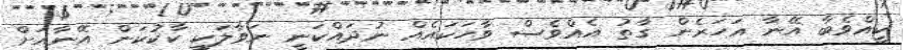
ކީއްވެބާ އޭނާ އަހަރެން ގާތު އެއްވެސް ވާހަކައެއް ނުދައްކަނީ ނަވާލަކީ ކާކުކަން އޭނާއަށް